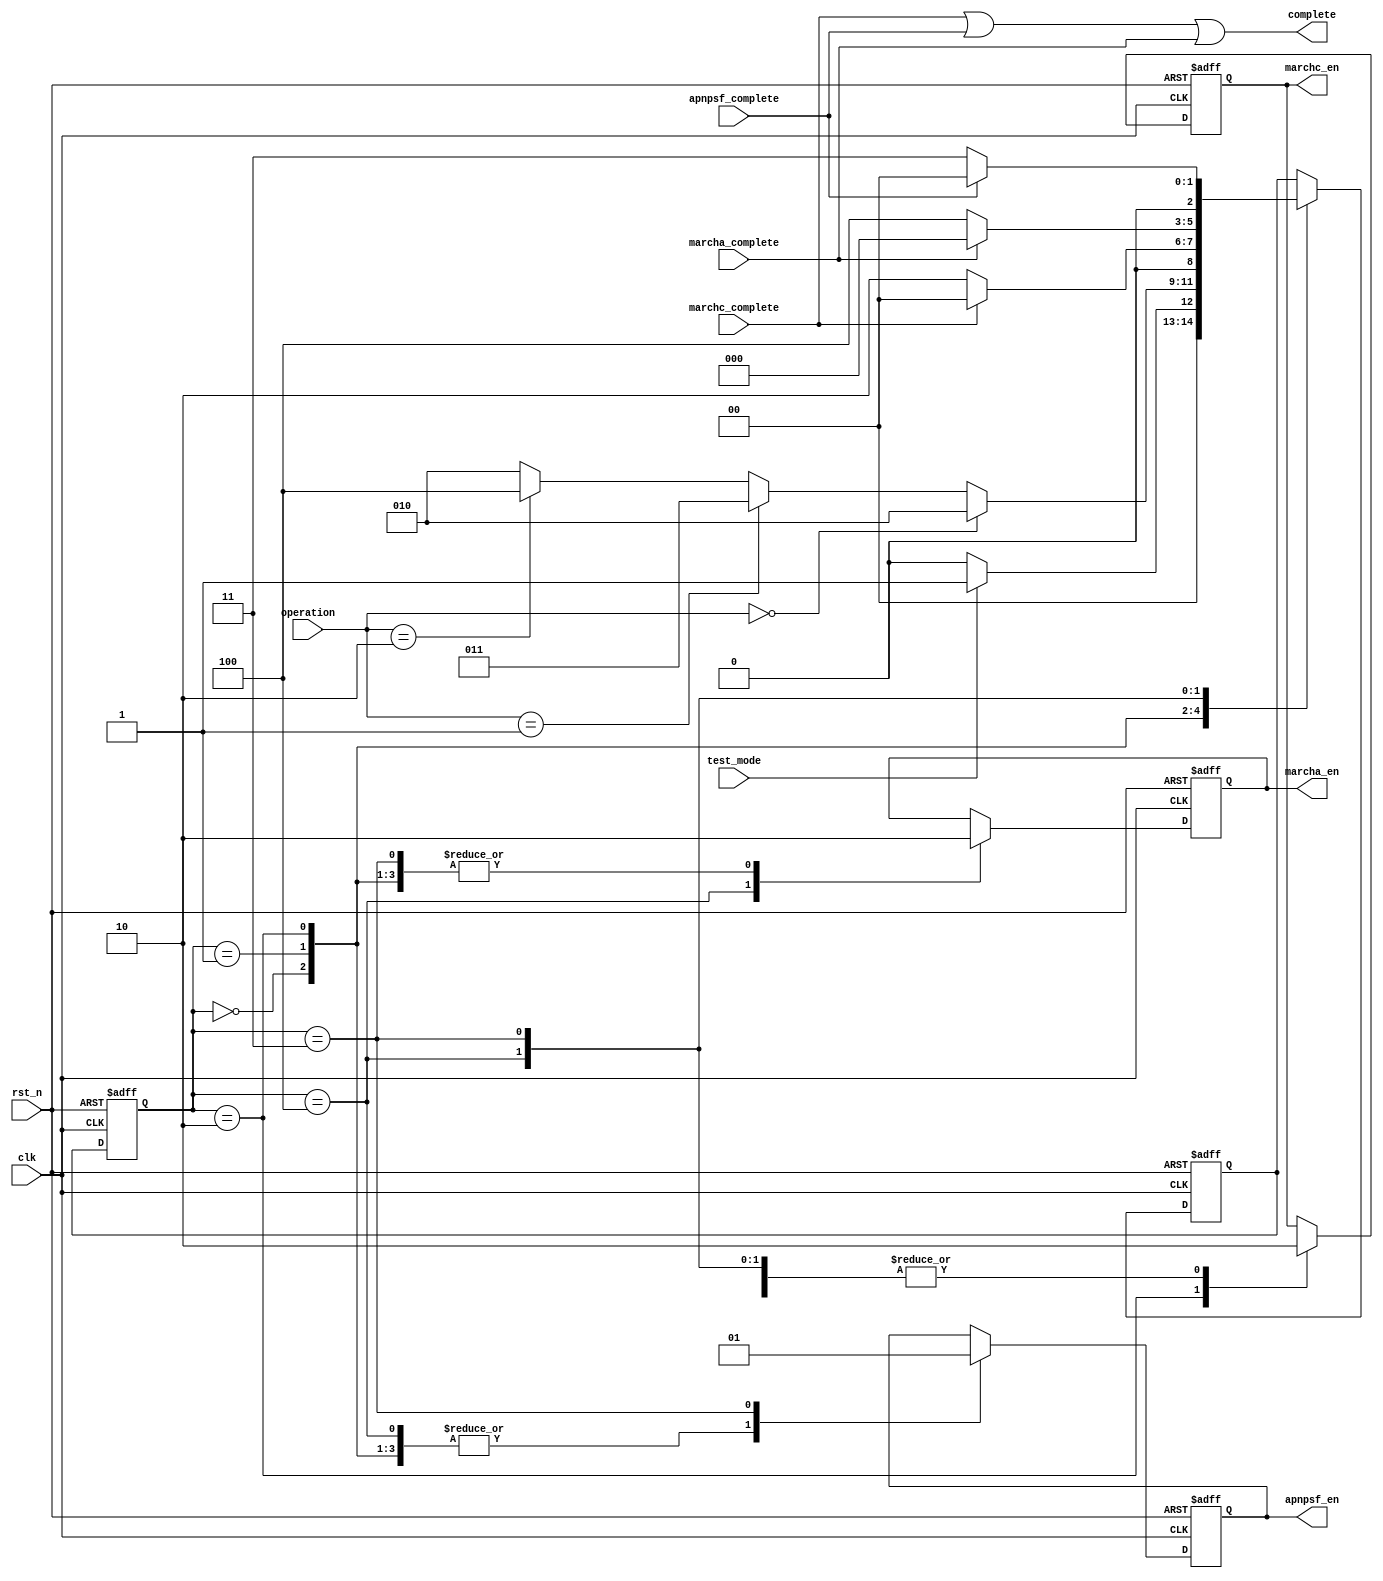
//`timescale 1ns/1ps
module controller (clk,
                  rst_n,
                  test_mode,
                  operation,
                  marchc_complete, 
                  marchc_en, 
                  marcha_complete, 
                  marcha_en, 
                  apnpsf_complete, 
                  apnpsf_en, 
                  complete);
//-------------------------------
input clk;
input rst_n;
input test_mode;
input [2:0]operation;
input marchc_complete; 
input marcha_complete; 
input apnpsf_complete; 
//-------------------------------
output complete;
output marchc_en; 
output marcha_en; 
output apnpsf_en; 
//-------------------------------
parameter INITIAL = 3'b00;
parameter SET_UP = 3'b01;
parameter MARCHC = 3'b010; 
parameter MARCHA = 3'b100; 
parameter APNPSF = 3'b011; 
//-----------------------------
wire clk;
wire rst_n;
wire test_mode;
wire [2:0]operation;
wire marchc_complete; 
wire marcha_complete; 
wire apnpsf_complete; 
wire complete;

reg marchc_en; 
reg marcha_en; 
reg apnpsf_en; 
reg [2:0] state;
reg [2:0] next_state;
//------------------------------------------------
assign complete = marchc_complete|apnpsf_complete | marcha_complete;
//-------------------------------------------------
//STATE MACHINE TO CONTROL
always @(posedge clk or negedge rst_n) begin
    if(!rst_n) begin
        state <= INITIAL;
    end
    else begin
        state <= next_state;
    end
end
//---------------------------------------------------
//STATE MACHINE FOR ALGORITHM
always @(posedge clk or negedge rst_n) begin
    if(!rst_n) begin
        next_state <= INITIAL;
    end
    else begin
    case (state)
    
    INITIAL: begin
        if (test_mode) begin
            next_state <= SET_UP;
        end
        else begin
            next_state <= INITIAL;
        end
    end
    SET_UP: begin
        if (operation == 3'b000) begin
            next_state <= MARCHC;
        end
        else if (operation == 3'b001)begin
            next_state <= APNPSF;
        end
        else if (operation == 3'b010)begin
            next_state <= MARCHA;
        end
        else begin
            next_state <= MARCHC;
        end
    end
    MARCHC: begin
        if (marchc_complete) begin
            next_state <= INITIAL;
        end
        else begin
            next_state <= MARCHC;
        end
    end
    MARCHA: begin
        if (marcha_complete) begin
            next_state <= INITIAL;
        end
        else begin
            next_state <= MARCHA;
        end
    end
    APNPSF: begin
        if (apnpsf_complete) begin
            next_state <= INITIAL;
        end
        else begin
            next_state <= APNPSF;
        end
    end
    
    endcase
    end
end
//---------------------------------------------------------
//STATE MACHINE OUT
always @(posedge clk or negedge rst_n) begin
    if (!rst_n) begin 
        apnpsf_en <= 1'b0;
        marcha_en <= 1'b0;
        marchc_en <= 1'b0;
    end
    else begin
    case (state)
    INITIAL: begin
        apnpsf_en <= 1'b0;
        marcha_en <= 1'b0;
        marchc_en <= 1'b0;
    end
    SET_UP: begin
        apnpsf_en <= 1'b0;
        marcha_en <= 1'b0;
        marchc_en <= 1'b0;
    end
    MARCHC: begin
        apnpsf_en <= 1'b0;
        marchc_en <= 1'b1;
        marcha_en <= 1'b0;
    end
    MARCHA: begin
        apnpsf_en <= 1'b0;
        marchc_en <= 1'b0;
        marcha_en <= 1'b1;
    end
    APNPSF: begin
        apnpsf_en <= 1'b1;
        marchc_en <= 1'b0;
        marcha_en <= 1'b0;
    end

    endcase
    end
end

endmodule